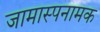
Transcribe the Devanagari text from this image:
जामास्पनामक